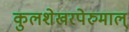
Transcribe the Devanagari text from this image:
कुलशेखरपेरुमाल्